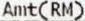
AMT(RM)